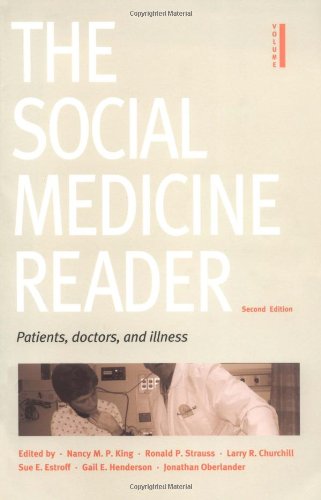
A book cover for The Social Medicine Reader, Second Edition, Vol. One: Patients, Doctors, and Illness; Nancy M. P. King; Medical Books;